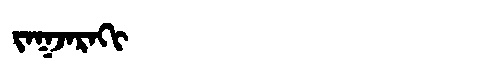
Manchu: ᠵᠠᡴᠵᠠᡵᠠᡴᡳ
Romanization: JAKJARAKI